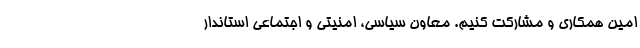
امین همکاری و مشارکت کنیم.‌ معاون سیاسی، امنیتی و اجتماعی استاندار